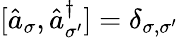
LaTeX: [\hat{a}_{\sigma},\hat{a}_{\sigma^{\prime}}^{\dagger}]=\delta_{\sigma,\sigma^{\prime}}